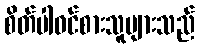
စိတ်ပါဝင်စားသူများသည်